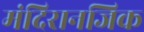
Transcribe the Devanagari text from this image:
मंदिरानजिक